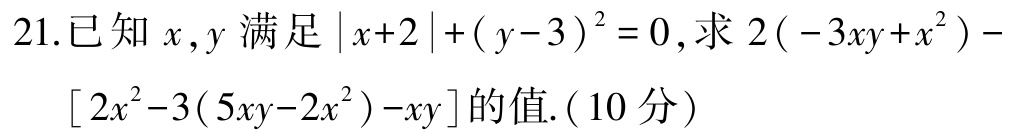
21.已知\(x,y\)满足\(\vert x + 2\vert+(y - 3)^{2}=0\)，求\(2(-3xy + x^{2})-[2x^{2}-3(5xy - 2x^{2})-xy]\)的值.（10分）